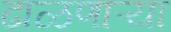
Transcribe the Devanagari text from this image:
ढाळणाऱ्या